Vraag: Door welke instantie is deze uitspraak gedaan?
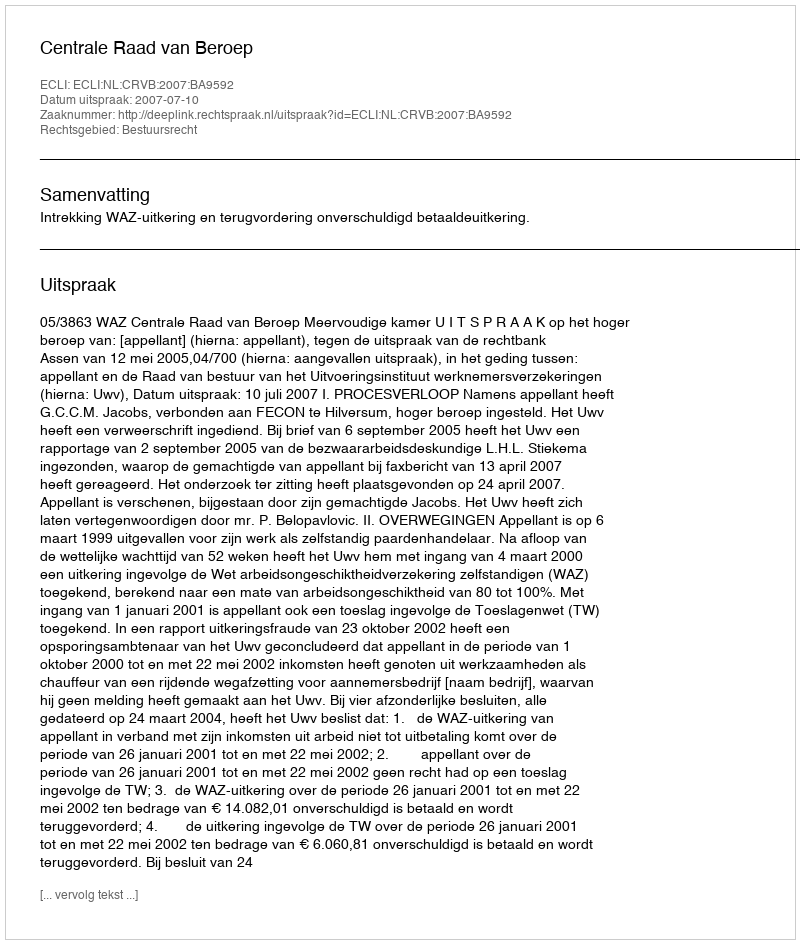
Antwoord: Centrale Raad van Beroep